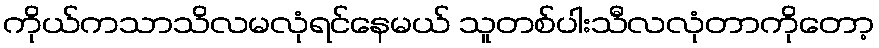
ကိုယ်ကသာသိလမလုံရင်နေမယ် သူတစ်ပါးသီလလုံတာကိုတော့